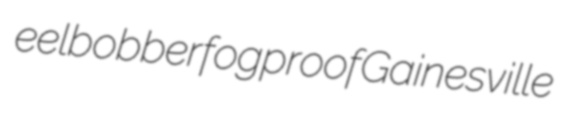
eelbobber fogproof Gainesville